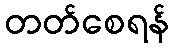
တတ်စေရန်